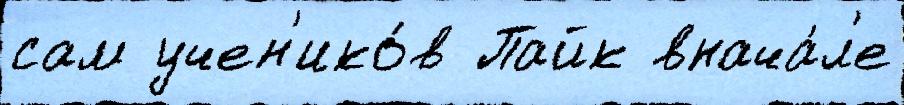
сам учен'ико́в Пайк внача́л'е